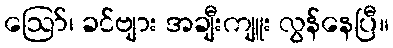
ဪ၊ ခင်ဗျား အချီးကျူး လွန်နေပြီ။